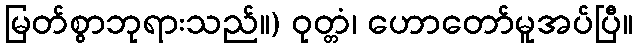
မြတ်စွာဘုရားသည်။) ဝုတ္တံ၊ ဟောတော်မူအပ်ပြီ။